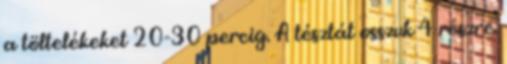
a töltelékeket 20-30 percig. A tésztát osszuk 4 részre.